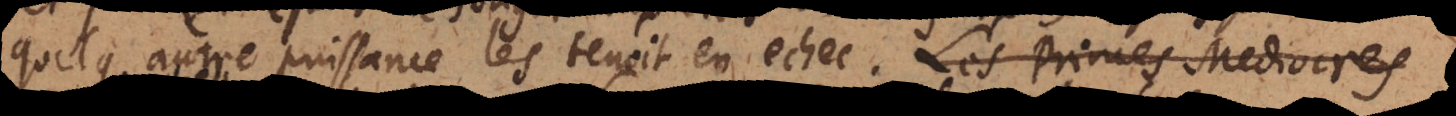
quelqu’autre puissance les tenoit en echec. Les Princes Mediocres